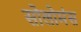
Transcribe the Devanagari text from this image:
सोलोमंस